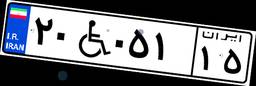
۲۰W۰۵۱۱۵